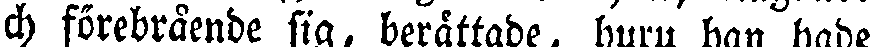
och förebrående sig, berättade, huru han hade